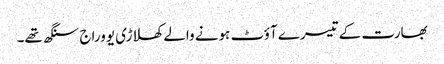
بھارت کے تیسرے آؤٹ ہونے والے کھلاڑی یووراج سنگھ تھے۔